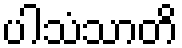
ပါသံသာတိ